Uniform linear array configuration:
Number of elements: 12
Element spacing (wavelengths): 1
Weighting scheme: hann
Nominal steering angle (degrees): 45
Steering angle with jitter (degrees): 46.303
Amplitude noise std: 0.05
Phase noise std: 0.05

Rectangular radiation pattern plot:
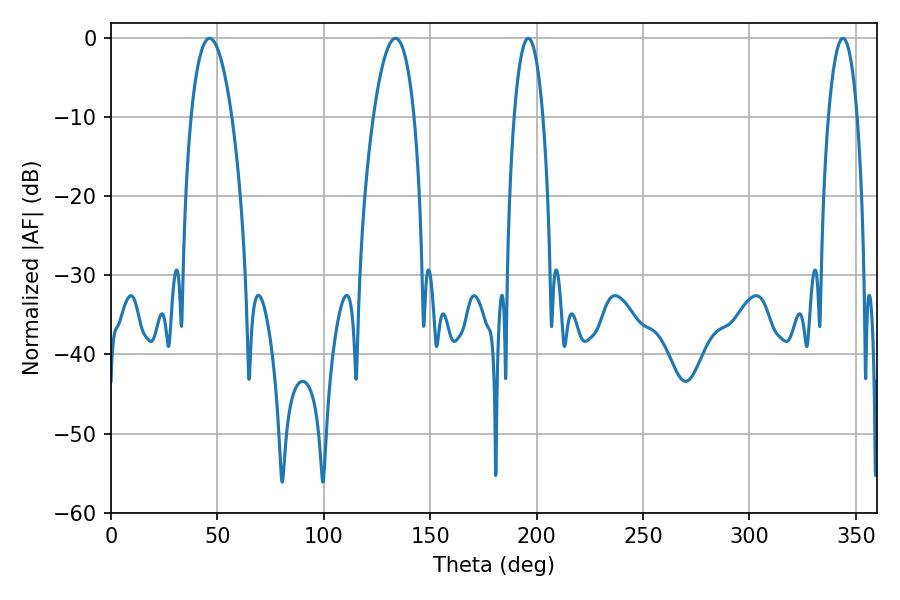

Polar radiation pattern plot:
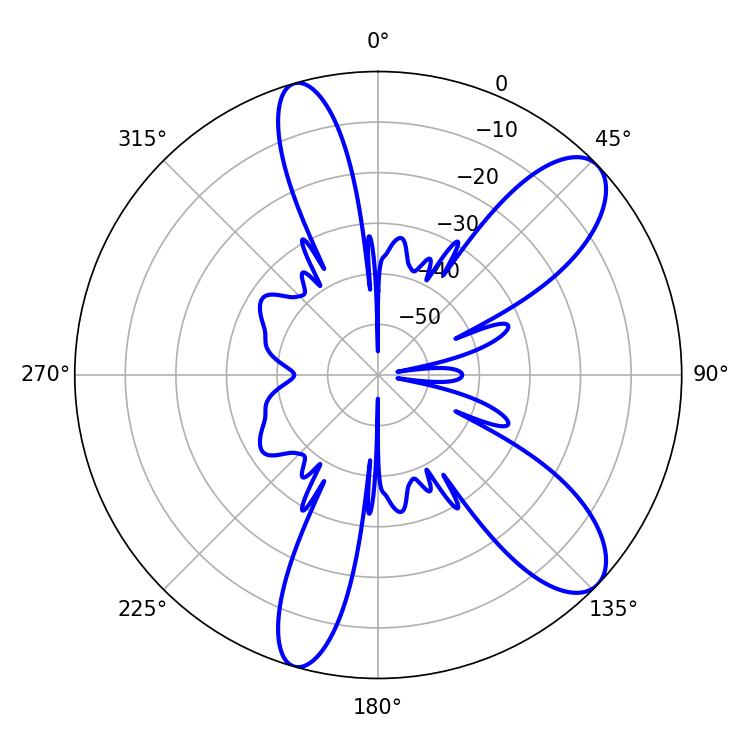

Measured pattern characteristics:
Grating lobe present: TRUE
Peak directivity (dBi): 9.784
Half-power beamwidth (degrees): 10.8
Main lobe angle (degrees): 46.26